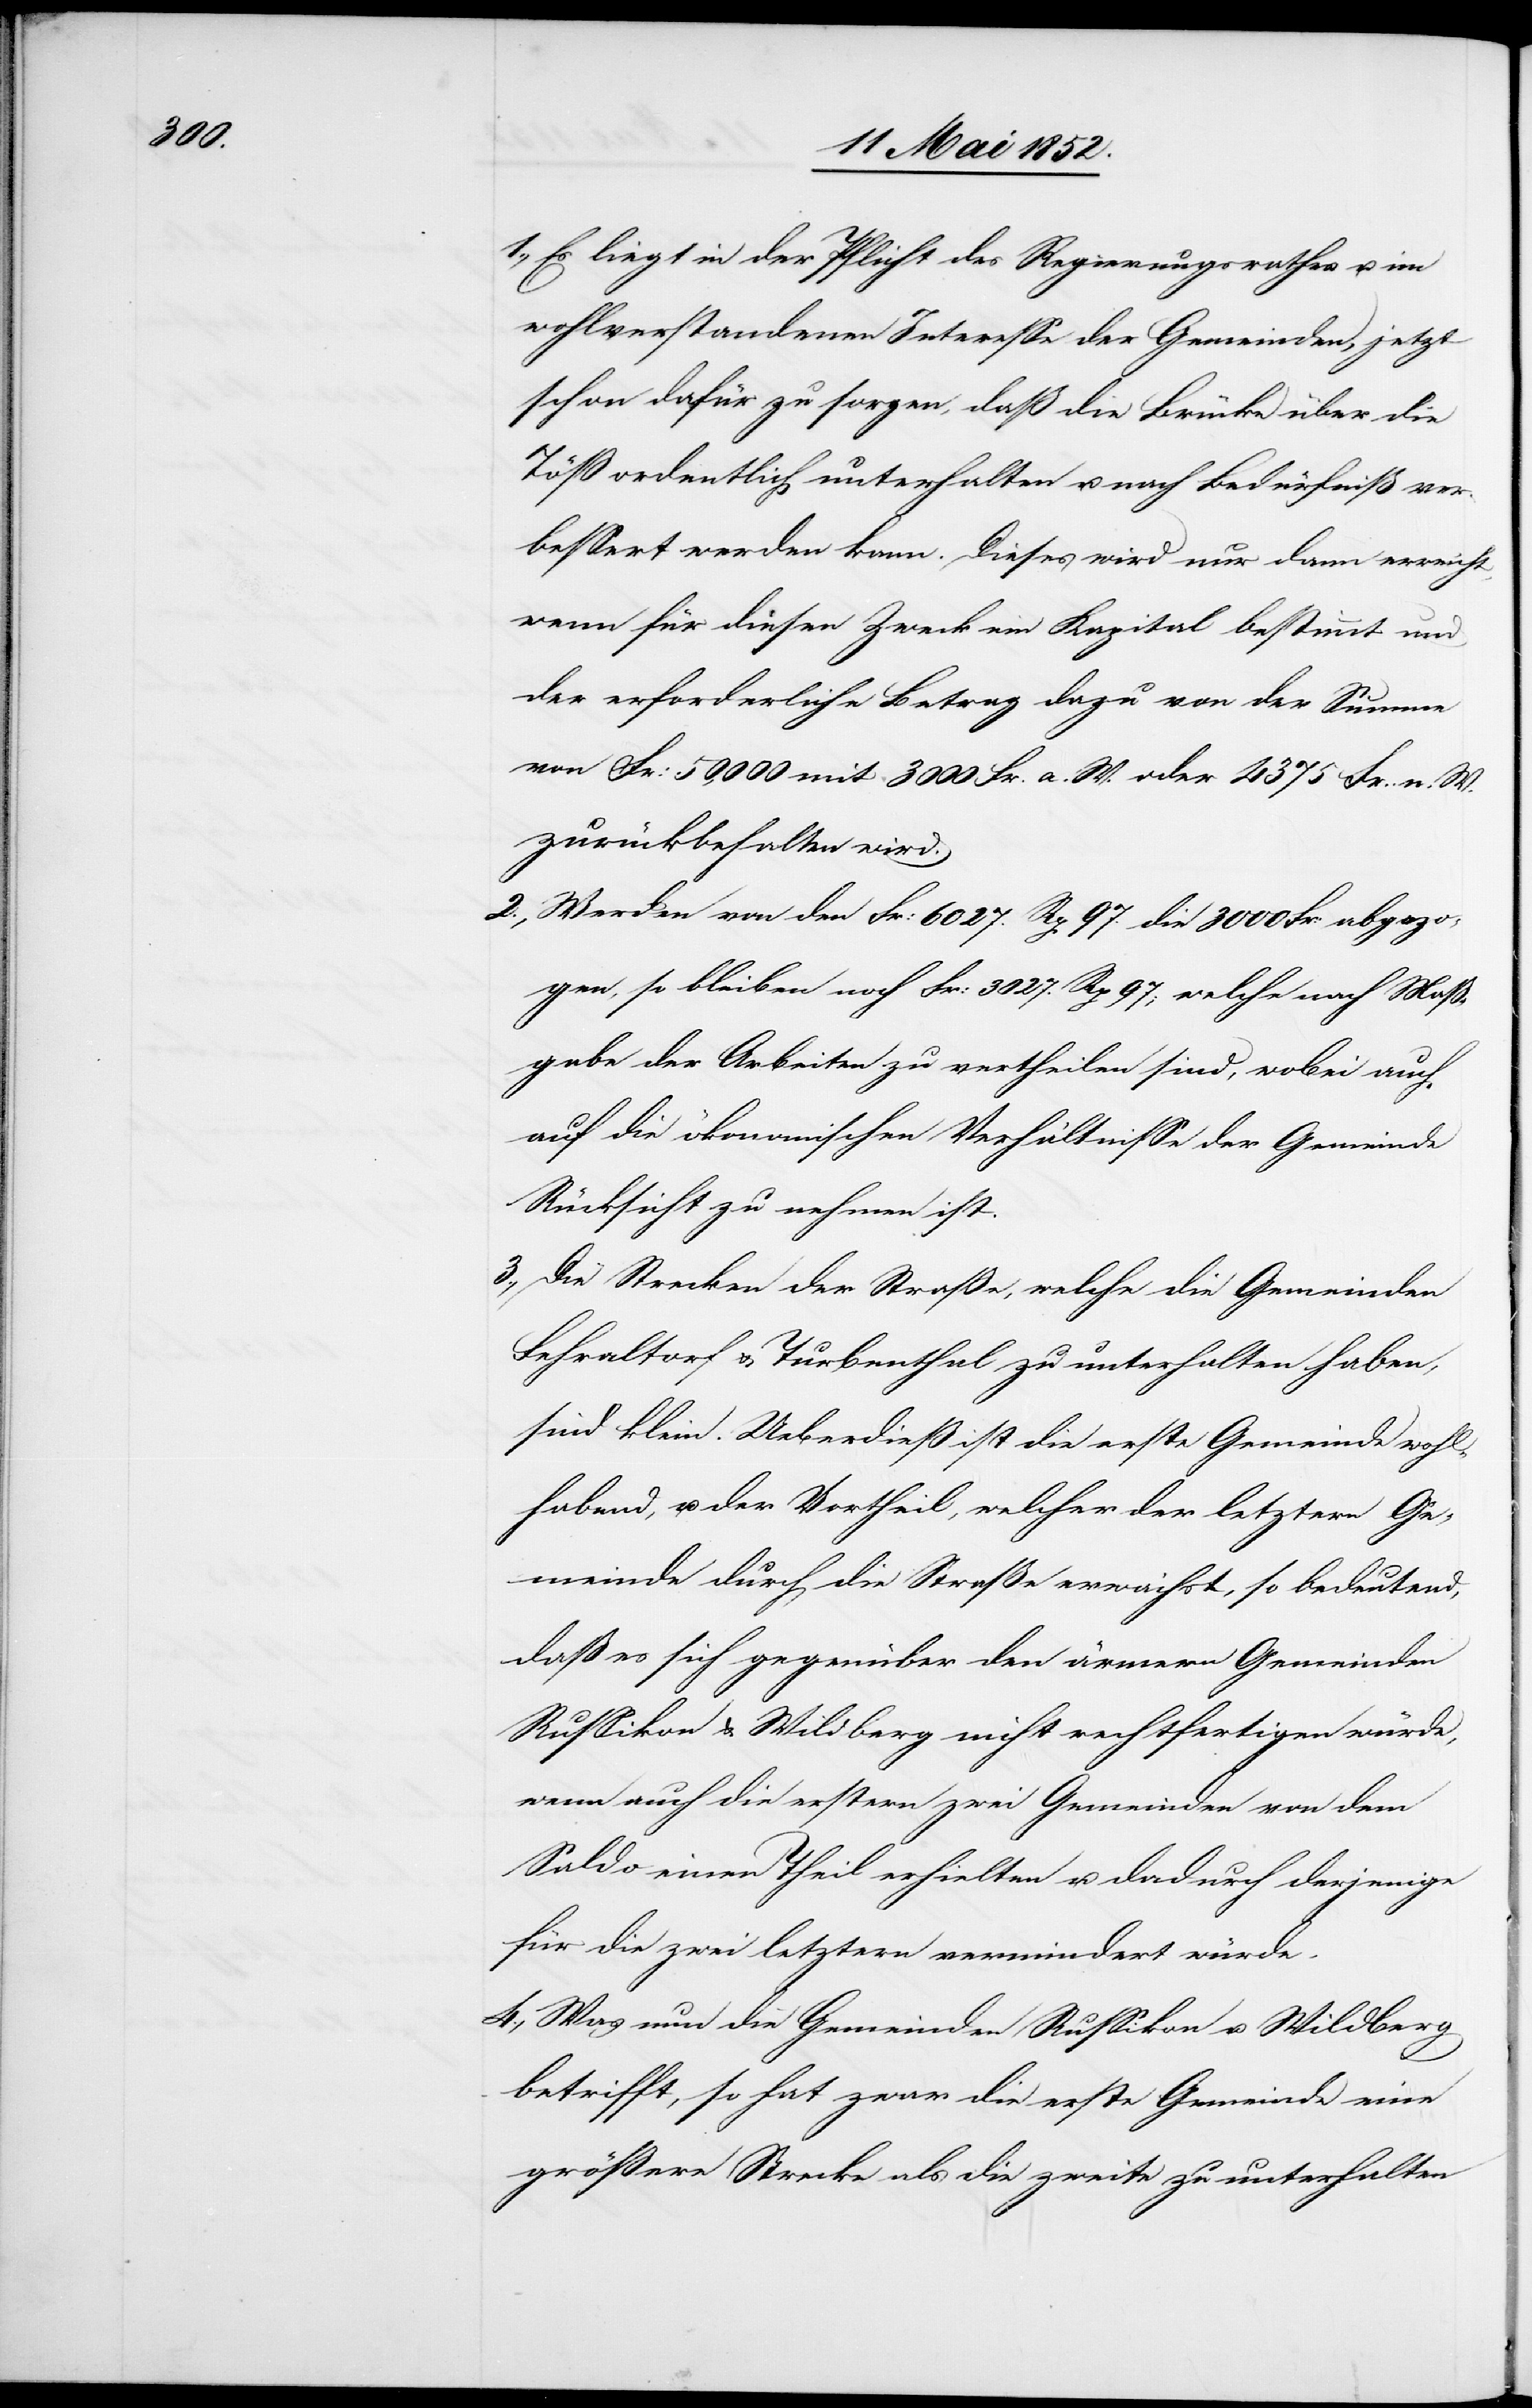
Es liegt in der Pflicht des Regierungsrathes u. im
wohlverstandenen Interesse der Gemeinden, jetzt
schon dafür zu sorgen, daß die Brücke über die
Töß ordentlich unterhalten u. nach Bedürfniß ver¬
bessert werden kann. Dieses wird nur dann erreicht,
wenn für diesen Zweck ein Kapital bestimmt und
der erforderliche Betrag dazu von der Summe
von Fr: 50,000 mit 3000 Fr. a. W. oder 4375 Fr. n. W.
zurückbehalten wird.
Werden von den Fr: 6027. Rp 97. die 3000 Fr: abgezo¬
gen, so bleiben noch Fr: 3027. Rp 97; welche nach Maß¬
gabe der Arbeiten zu vertheilen sind, wobei auch
auf die ökonomischen Verhältnisse der Gemeinde
Rücksicht zu nehmen ist.
Die Strecken der Straße, welche die Gemeinden
Fehraltorf & Turbenthal zu unterhalten haben,
sind klein. Ueberdieß ist die erste Gemeinde wohl¬
habend, u. der Vortheil, welcher der letztern Ge¬
meinde durch die Straße erwächst, so bedeutend,
daß es sich gegenüber den ärmern Gemeinden
Russikon & Wildberg nicht rechtfertigen würde,
wenn auch die erstern zwei Gemeinden von dem
Saldo einen Theil erhielten u. dadurch derjenige
für die zwei letztern vermindert würde.
Was nun die Gemeinden Russikon u. Wildberg
betrifft, so hat zwar die erste Gemeinde eine
grössere Strecke als die zweite zu unterhalten